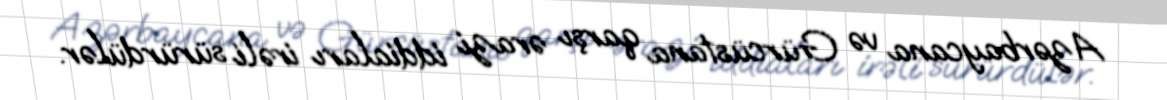
Azərbaycana və Gürcüstana qarşı ərazi iddiaları irəli sürürdülər.